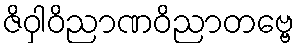
ဇိဝှါဝိညာဏဝိညာတဗ္ဗေ